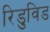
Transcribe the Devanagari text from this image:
रिडुविड